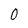
Character: 0